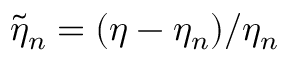
\tilde { \eta } _ { n } = ( \eta - \eta _ { n } ) / \eta _ { n }